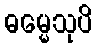
ဓမ္မေသုပိ